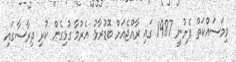
މިމަސައްކަތް ފެށުނީ 1987 ގައި ރާއްޖެއަށް ބޮޑުރާޅު އެރުމާ ގުޅިގެން ކުރި ދިރާސާގައި